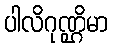
ပါလိဂုဏ္ဌိမာ